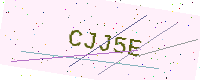
Text: CJJ5E